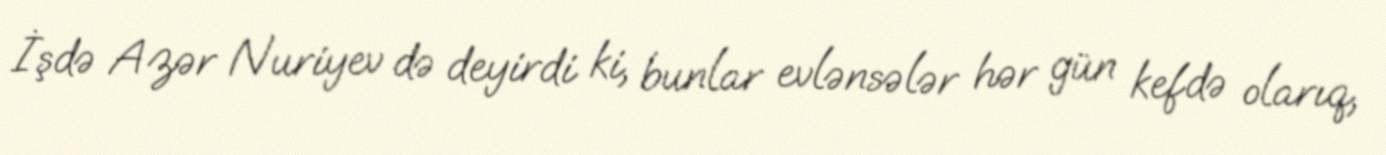
İşdə Azər Nuriyev də deyirdi ki, bunlar evlənsələr hər gün kefdə olarıq,